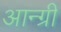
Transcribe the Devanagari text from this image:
आन्ग्री